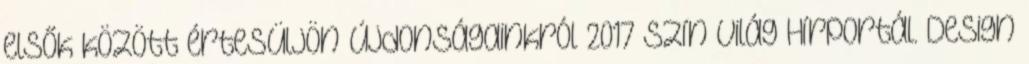
elsők között értesüljön újdonságainkról 2017 Szín Világ Hírportál. Design